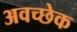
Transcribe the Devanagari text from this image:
अवच्छेक